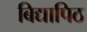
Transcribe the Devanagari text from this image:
बिद्यापिठ